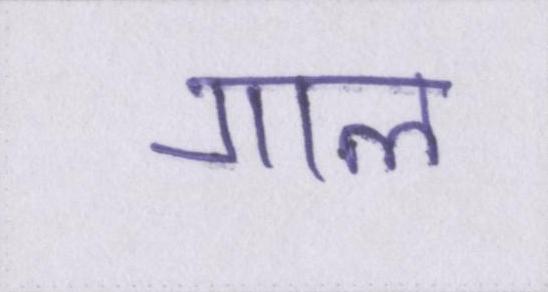
गाल